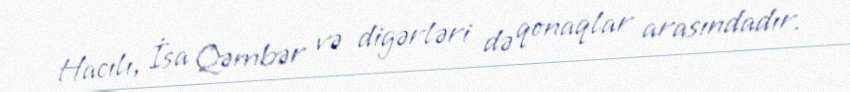
Hacılı, İsa Qəmbər və digərləri də qonaqlar arasındadır.